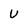
Character: U